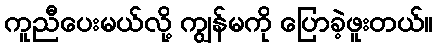
ကူညီပေးမယ်လို့ ကျွန်မကို ပြောခဲ့ဖူးတယ်။